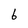
Character: 6